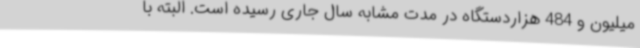
میلیون و 484 هزاردستگاه در مدت مشابه سال جاری رسیده است. البته با